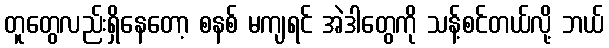
တူတွေလည်းရှိနေတော့ စနစ် မကျရင် အဲဒါတွေကို သန့်စင်တယ်လို့ ဘယ်